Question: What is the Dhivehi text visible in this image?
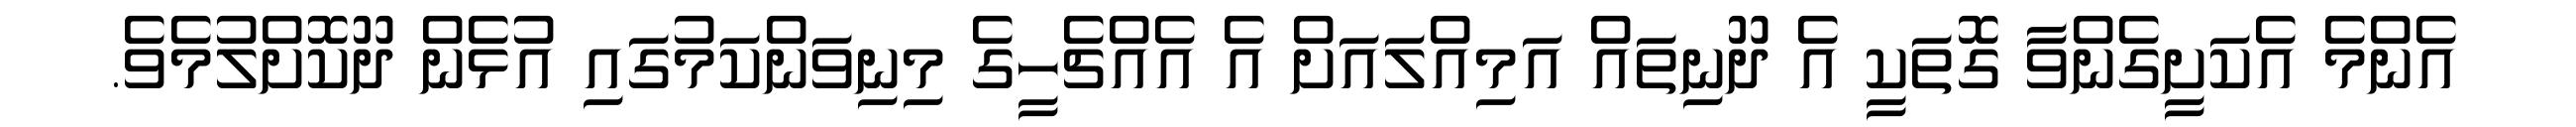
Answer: އެންމެ އެކަށީގެންވާ ގޮތަކީ އެ ދޫނިތައް އަމިއްލައަށް އެ އެއްޗެހީގެ މިނިވަންކަމުގައި އުޅެން ދޫކޮށްލުމެވެ.